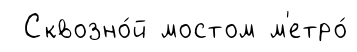
Сквозно́й мостом м'етро́